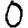
Digit: 0